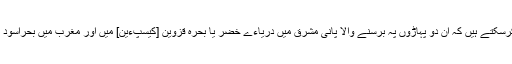
آپ یہ خیال کرسکتے ہیں کہ ان دو پہاڑوں پہ برسنے والا پانی مشرق میں دریاءے خضر یا بحرہ قزوین [کیسپءین] میں اور مغرب میں بحراسود میں گرتا ہے۔